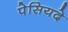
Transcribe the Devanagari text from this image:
पेसियदे